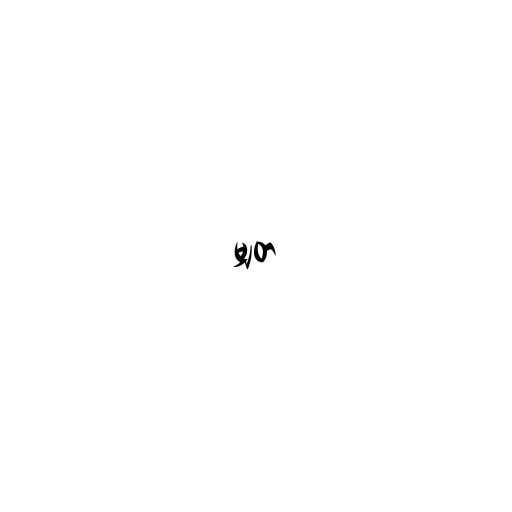
မျှတ